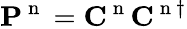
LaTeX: \mathbf{P}^{\mathrm{~n~}}=\mathbf{C}^{\mathrm{~n~}}\mathbf{C}^{\mathrm{~n~}\dagger}